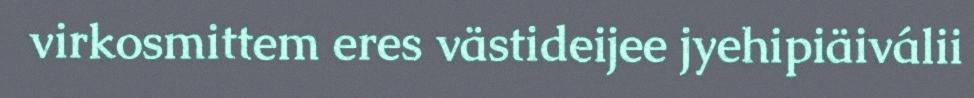
virkosmittem eres västideijee jyehipiäiválii